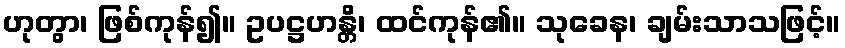
ဟုတွာ၊ ဖြစ်ကုန်၍။ ဥပဋ္ဌဟန္တိ၊ ထင်ကုန်၏။ သုခေန၊ ချမ်းသာသဖြင့်။